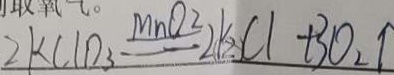
2 k C l O _ { 3 } \xlongequal { M n O _ { 2 } } 2 K C l + 3 O _ { 2 } \uparrow